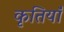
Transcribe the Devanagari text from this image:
कृतियॉं